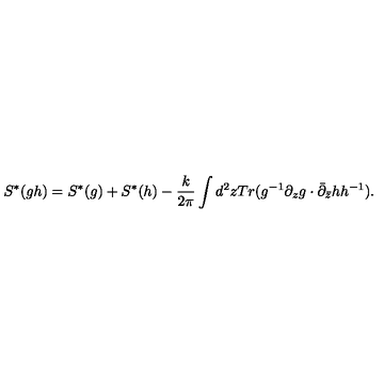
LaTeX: S ^ { * } ( g h ) = S ^ { * } ( g ) + S ^ { * } ( h ) - { \frac { k } { 2 \pi } } \int d ^ { 2 } z T r ( g ^ { - 1 } \partial _ { z } g \cdot \bar { \partial } _ { \bar { z } } h h ^ { - 1 } ) .